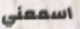
اسمعني